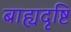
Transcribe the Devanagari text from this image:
बाह्यदृष्टि